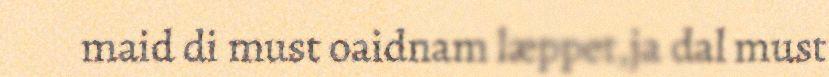
maid di must oaidnam læppet,ja dal must